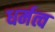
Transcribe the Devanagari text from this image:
धर्मत्व